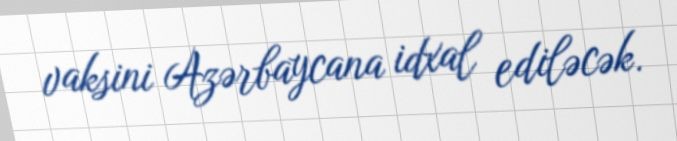
vaksini Azərbaycana idxal ediləcək.